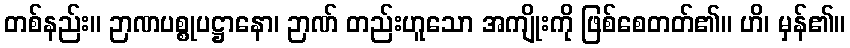
တစ်နည်း။ ဉာဏပစ္စုပဋ္ဌာနော၊ ဉာဏ် တည်းဟူသော အကျိုးကို ဖြစ်စေတတ်၏။ ဟိ၊ မှန်၏။